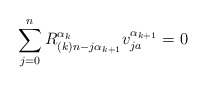
\begin{align*}\sum_{j=0}^{n}R^{\alpha_k}_{(k)n-j\alpha_{k+1}}v^{\alpha_{k+1}}_{ja}=0\end{align*}